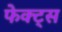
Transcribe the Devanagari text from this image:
फेक्ट्स